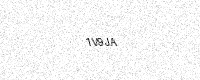
Text: 1V9JA